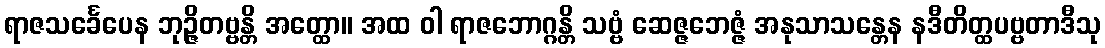
ရာဇသင်္ခေပေန ဘုဉ္ဇိတဗ္ဗန္တိ အတ္ထော။ အထ ဝါ ရာဇဘောဂ္ဂန္တိ သဗ္ဗံ ဆေဇ္ဇဘေဇ္ဇံ အနုသာသန္တေန နဒီတိတ္ထပဗ္ဗတာဒီသု